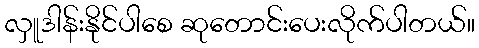
လှူဒါန်းနိုင်ပါစေ ဆုတောင်းပေးလိုက်ပါတယ်။